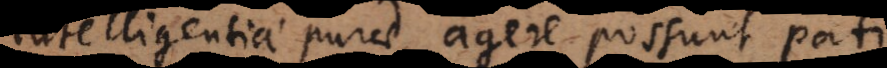
Intelligentiae purae agere possunt pati